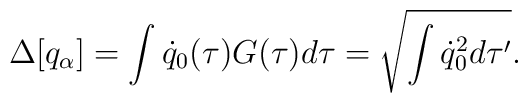
\Delta[q_\alpha] = \int \dot q_0(\tau) G(\tau)d\tau = \sqrt{\int \dot q_0^2 d\tau'}.